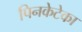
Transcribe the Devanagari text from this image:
पिनकेटेका